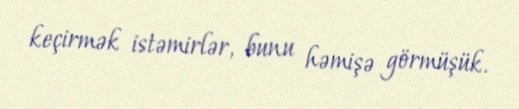
keçirmək istəmirlər, bunu həmişə görmüşük.